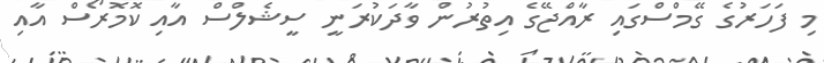
މި ފަހަރުގެ ގޭމްސްގައި ރާއްޖޭގެ އިތުރުން ވާދަކުރަނީ ސީޝެލްސް އާއި ކޮމޮރޯސް އާއި